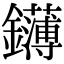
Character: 鑮